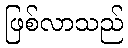
ဖြစ်လာသည်